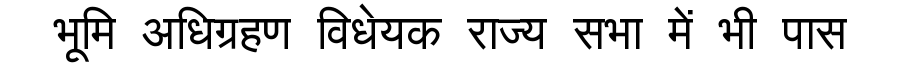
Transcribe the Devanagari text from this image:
भूमि अधिग्रहण विधेयक राज्य सभा में भी पास